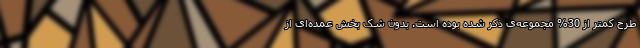
طرح کمتر از 30% مجموعه‌ی ذکر شده بوده است. بدون شک بخش عمده‌ای از